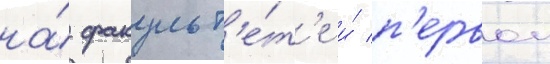
на́ факульт'е́т'е и́ п'ервои